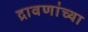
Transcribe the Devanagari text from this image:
द्रावणांच्या